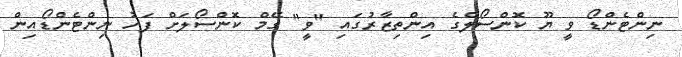
ނިންޓެންޑޯ ވީ ޔޫ ކޮންސޯލްގެ އިންތިޒާރުގައި "ވީ" ގޭމް ކޮންސޯލަށް ފަހު ނިންޓެންޑޯއިން